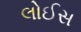
લોઈસ